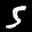
Label: 5